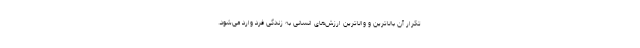
تکرار آن بالاترین و والاترین ارزش‌های انسانی به زندگی فرد وارد می‌شود.